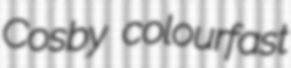
Cosby colourfast